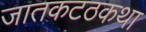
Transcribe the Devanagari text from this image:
जातकटठकथा